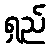
ရှည်